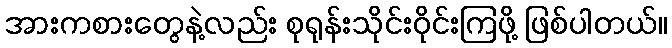
အားကစားတွေနဲ့လည်း စုရုန်းသိုင်းဝိုင်းကြဖို့ ဖြစ်ပါတယ်။